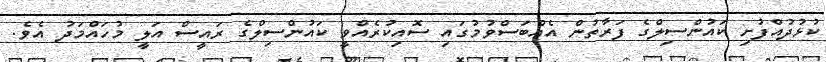
ކުޅުދުއްފުށި ކައުންސިލްގެ ފަރާތުން އެއްބަސްވުމުގައި ސޮއިކުރެއްވީ ކައުންސިލްގެ ރައީސް އަލީ މުހައްމަދު އެވެ.